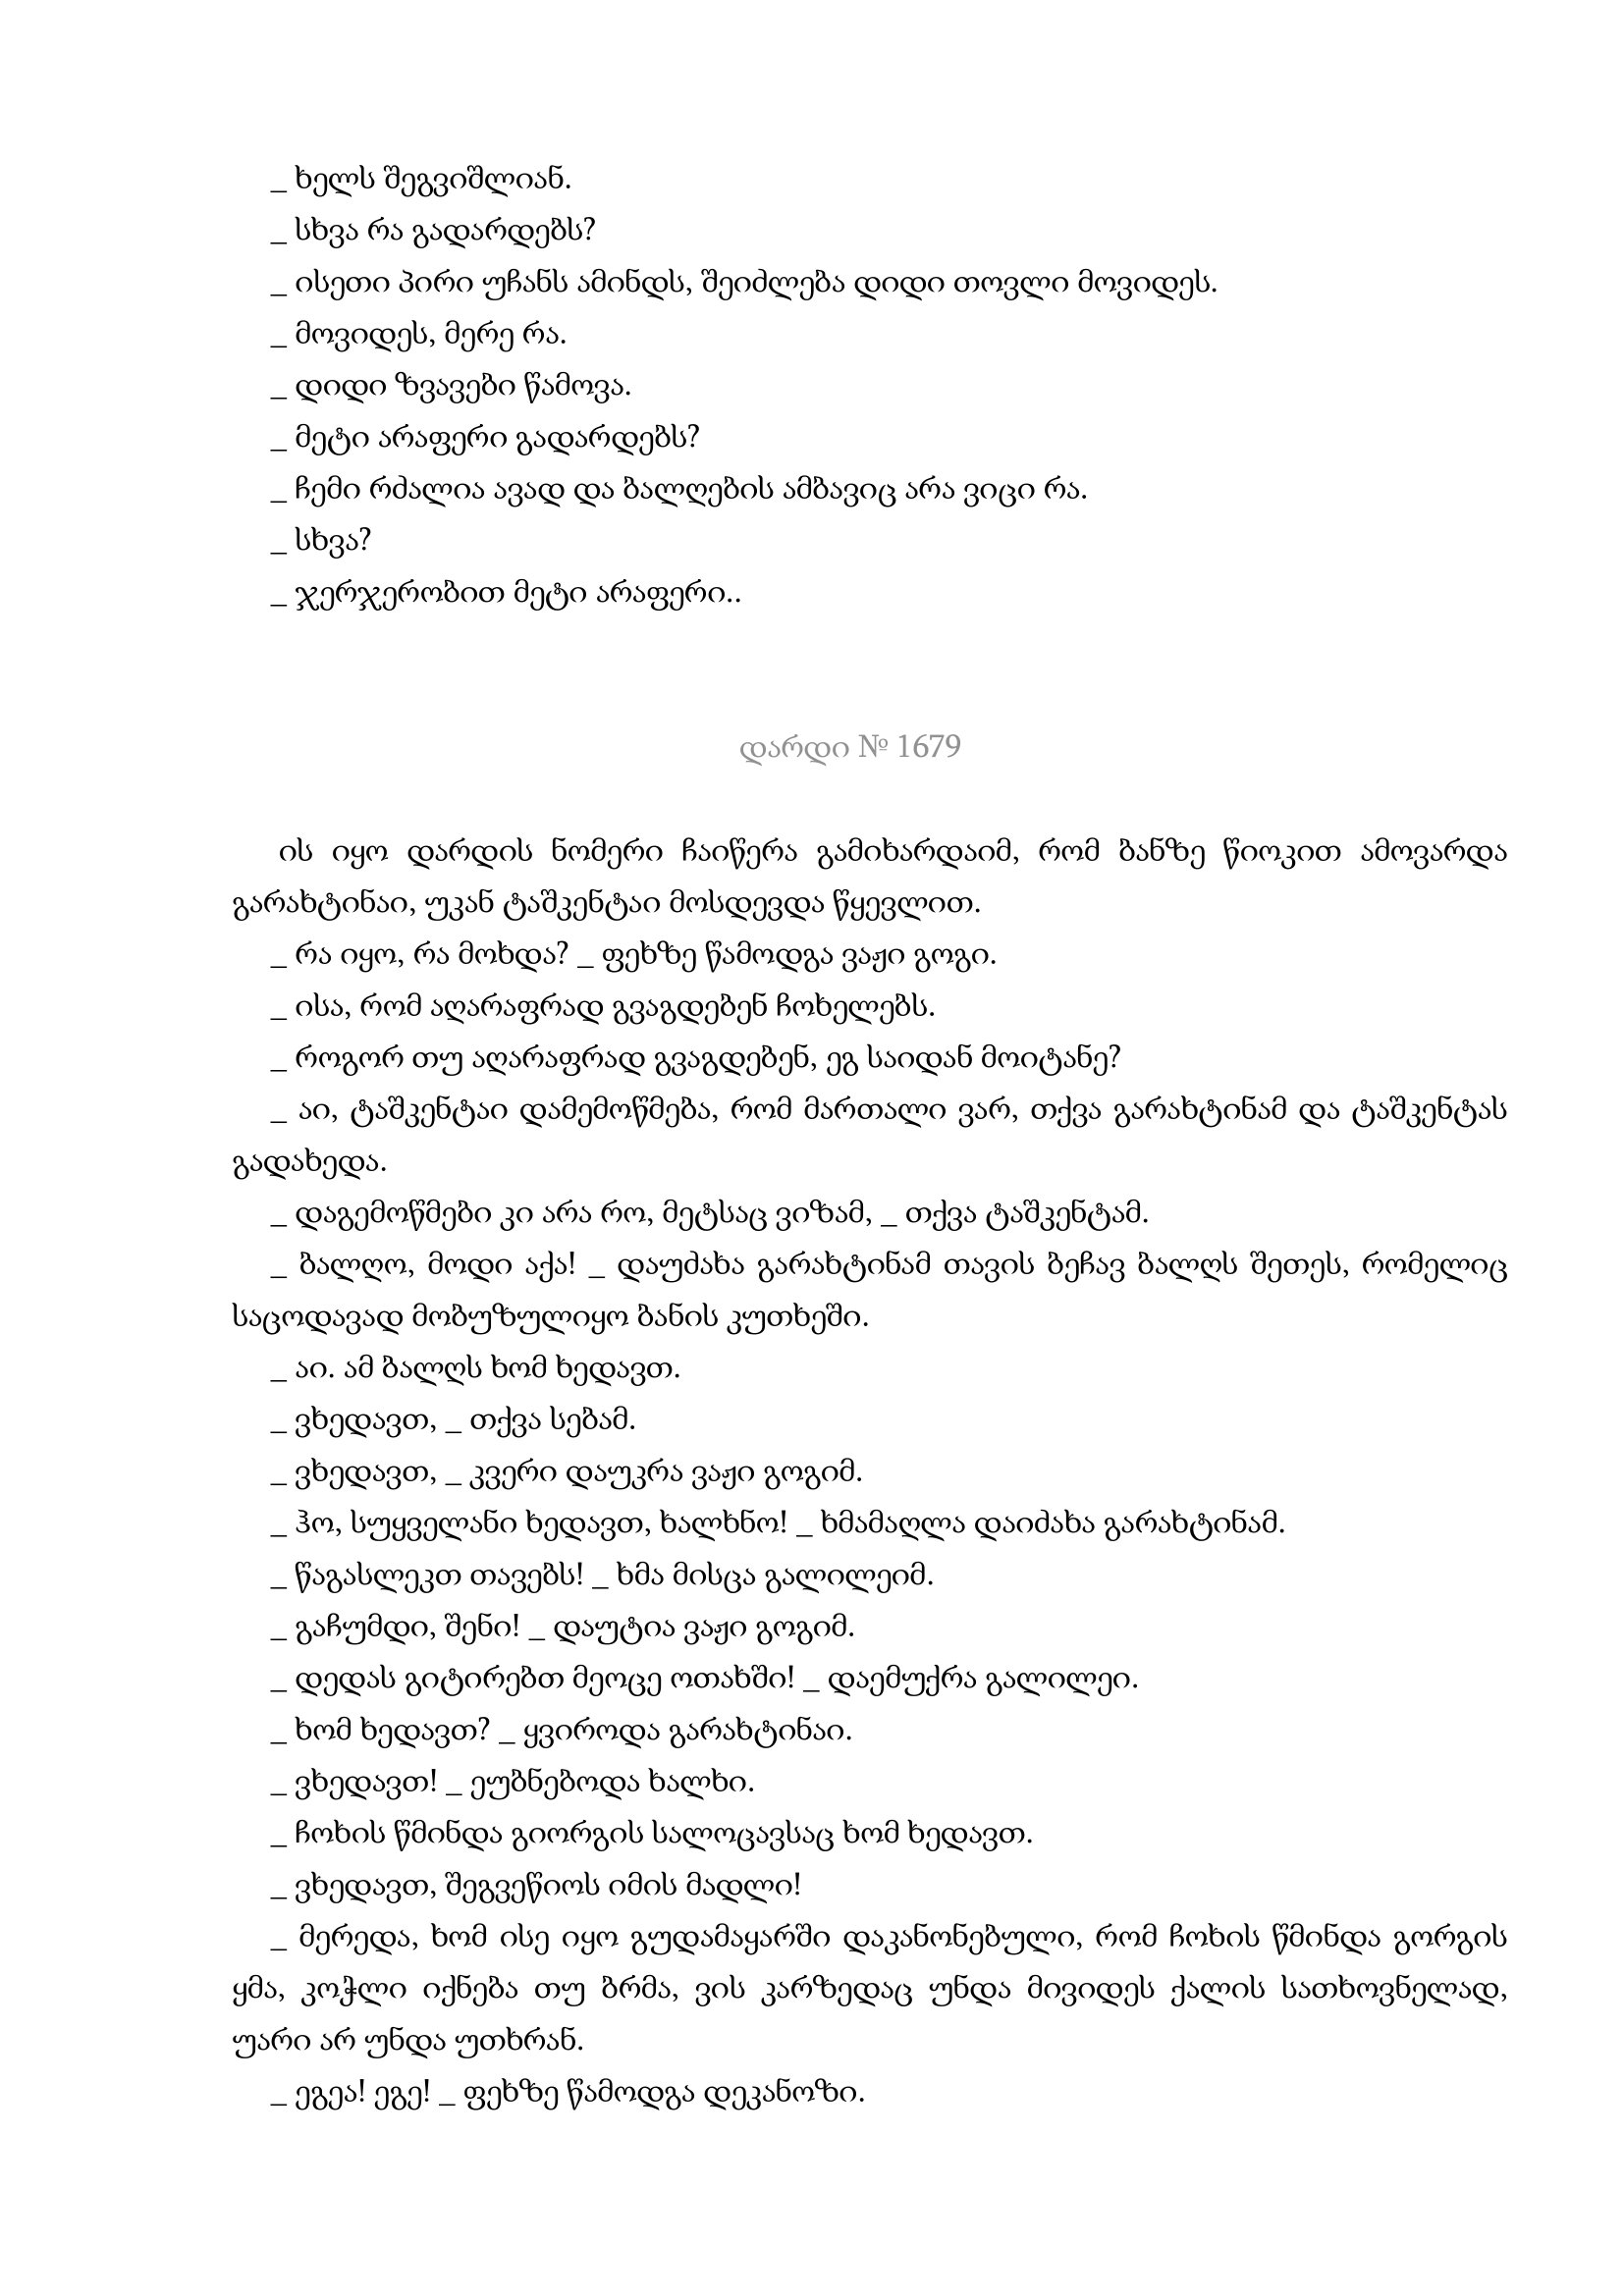
Language: gr